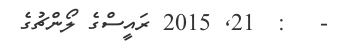
-   :  21